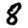
Digit: 8